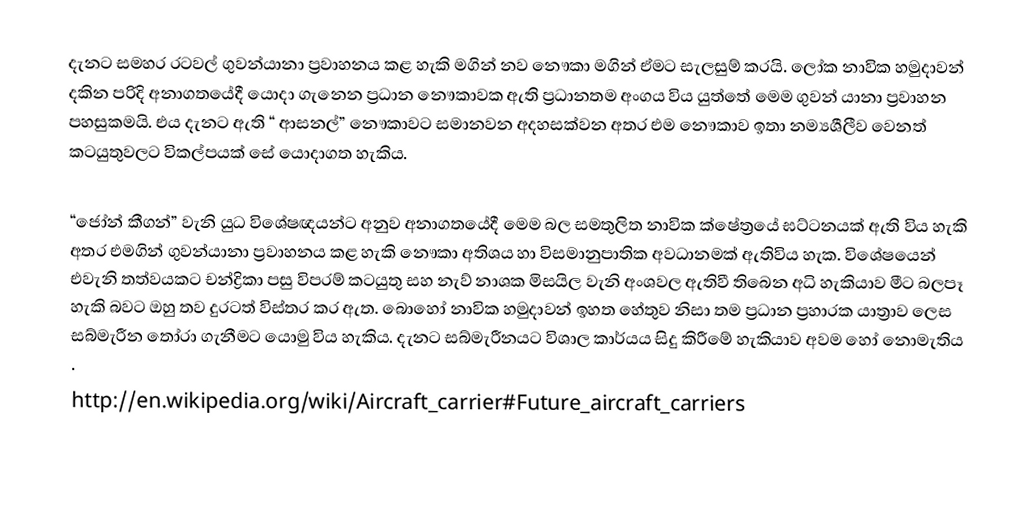
දැනට සමහර රටවල් ගුවන්යානා ප්‍රවාහනය කළ හැකි මගින් නව  නෞකා  මගින් ඒමට සැලසුම් කරයි. ලෝක නාවික හමුදාවන් දකින පරිදි අනාගතයේදී යොදා ගැනෙන ප්‍රධාන නෞකාවක ඇති ප්‍රධානතම අංගය විය යුත්තේ මෙම ගුවන් යානා  ප්‍රවාහන පහසුකමයි. එය දැනට ඇති “ ආසනල්” නෞකාවට සමානවන අදහසක්වන අතර එම නෞකාව ඉතා නම්‍යශීලීව වෙනත් කටයුතුවලට විකල්පයක් ‍සේ යොදාගත හැකිය.

“ජෝන් කීගන්” වැනි යුධ විශේෂඥයන්ට අනුව අනාගතයේදී මෙම බල සමතුලිත නාවික ක්ෂේත්‍රයේ ඝට්ටනයක් ඇති විය හැකි අතර එමගින් ගුවන්යානා ප්‍රවාහනය කළ හැකි නෞකා අතිශය හා විසමානුපාතික අවධානමක් ඇතිවිය හැක‍. විශේෂයෙන් එවැනි තත්වයකට චන්ද්‍රිකා පසු විපරම් කටයුතු සහ නැව් නාශක මිසයිල වැනි අංශවල ඇතිවී තිබෙන අධි හැකියාව මීට බලපෑ හැකි බවට ඔහු තව දුරටත් විස්තර කර ඇත. බොහෝ නාවික හමුදාවන් ඉහත හේතුව නිසා තම ප්‍රධාන ප්‍රහාරක යාත්‍රාව ලෙස සබ්මැරීන තෝරා ගැනීමට යොමු විය  හැකිය.  දැනට සබ්මැරීනයට විශාල කාර්යය සිදු කිරීමේ හැකියාව අවම හෝ නොමැතිය .
http://en.wikipedia.org/wiki/Aircraft_carrier#Future_aircraft_carriers